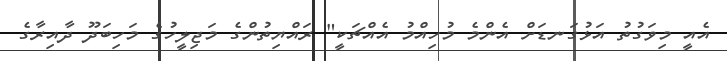
އެއީ މިވަގުތު އަޅުގަނޑަށް އެންމެ މުހިއްމު އެއްޗަކީ" ރައްޔިތުންގެ މަޖިލީހުގެ މަހިބަދޫ ދާއިރާގެ